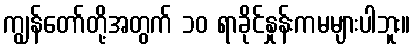
ကျွန်တော်တို့အတွက် ၁၀ ရာခိုင်နှုန်းကမများပါဘူး။